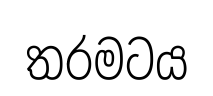
තරමටය